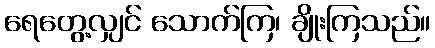
ရေတွေ့လျှင် သောက်ကြ၊ ချိုးကြသည်။